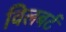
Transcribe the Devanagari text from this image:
विलबर्ट